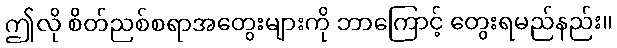
ဤလို စိတ်ညစ်စရာအတွေးများကို ဘာကြောင့် တွေးရမည်နည်း။